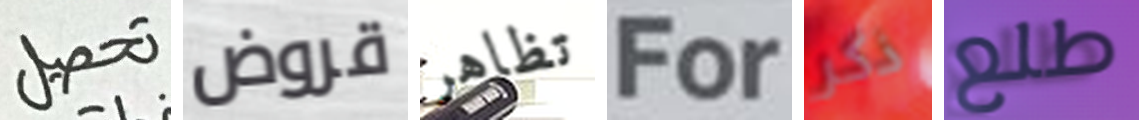
تحصيل قروض تظاهر For ذكر طلع